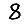
Digit: 8